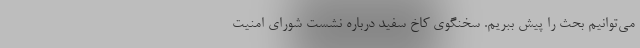
می‌توانیم بحث را پیش ببریم. سخنگوی کاخ سفید درباره نشست شورای امنیت